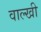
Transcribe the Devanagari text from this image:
वाल्खी